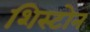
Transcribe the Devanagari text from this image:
शिस्टोन